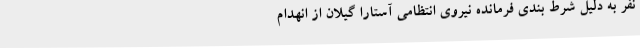
نفر به دلیل شرط بندی فرمانده نیروی انتظامی آستارا گیلان از انهدام